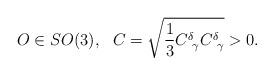
LaTeX: \begin{align*}O \in SO(3), \ \ C = \sqrt {\frac 1 3 C^{\delta}_{\ \gamma } C^{\delta }_{\ \gamma }} > 0.\end{align*}